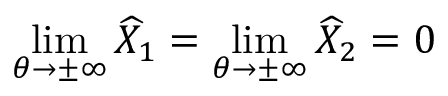
\operatorname* { l i m } _ { \theta \rightarrow \pm \infty } \widehat { X } _ { 1 } = \operatorname* { l i m } _ { \theta \rightarrow \pm \infty } \widehat { X } _ { 2 } = 0